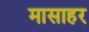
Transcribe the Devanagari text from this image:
मासाहर